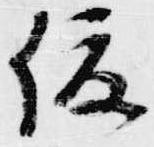
俊